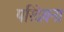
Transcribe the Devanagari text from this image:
परिदेवना